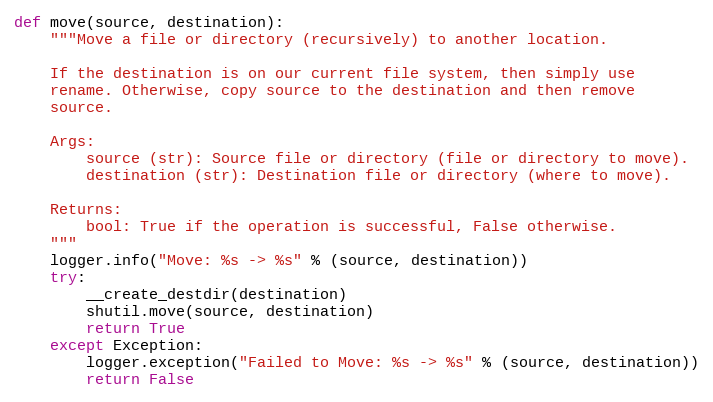
Language: Python
def move(source, destination):
    """Move a file or directory (recursively) to another location.

    If the destination is on our current file system, then simply use
    rename. Otherwise, copy source to the destination and then remove
    source.

    Args:
        source (str): Source file or directory (file or directory to move).
        destination (str): Destination file or directory (where to move).

    Returns:
        bool: True if the operation is successful, False otherwise.
    """
    logger.info("Move: %s -> %s" % (source, destination))
    try:
        __create_destdir(destination)
        shutil.move(source, destination)
        return True
    except Exception:
        logger.exception("Failed to Move: %s -> %s" % (source, destination))
        return False